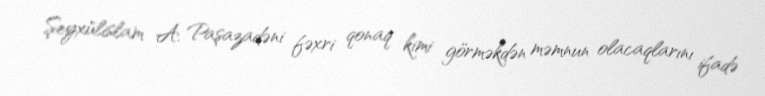
Şeyxülislam A. Paşazadəni fəxri qonaq kimi görməkdən məmnun olacaqlarını ifadə